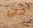
على